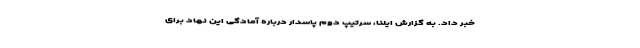
خبر داد. به گزارش ایلنا، سرتیپ دوم پاسدار درباره آمادگی این نهاد برای